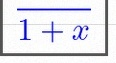
\frac{1}{1+x}